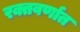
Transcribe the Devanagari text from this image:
रक्तवर्णात